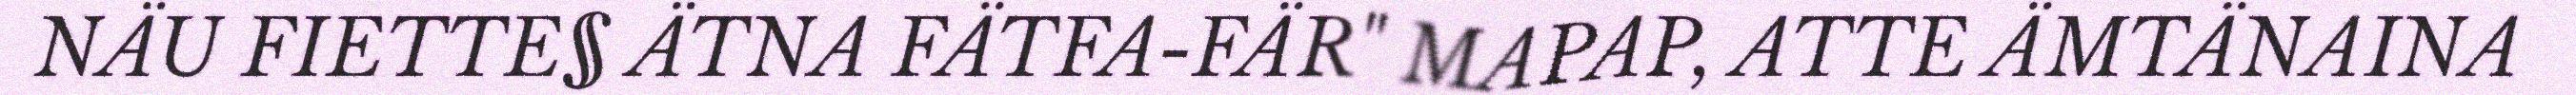
NÄU FIETTE§ ÄTNA FÄTFA-FÄR" MAPAP, ATTE ÄMTÄNAINA